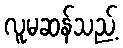
လူမဆန်သည့်